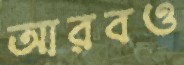
আরবও